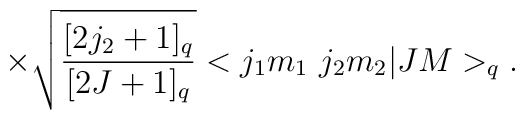
\times\sqrt {\frac {[2j_{2}+1]_{q}} {[2J+1]_{q}}} <j_{1}m_{1}\ j_{2}m_{2}|JM>_{q}.